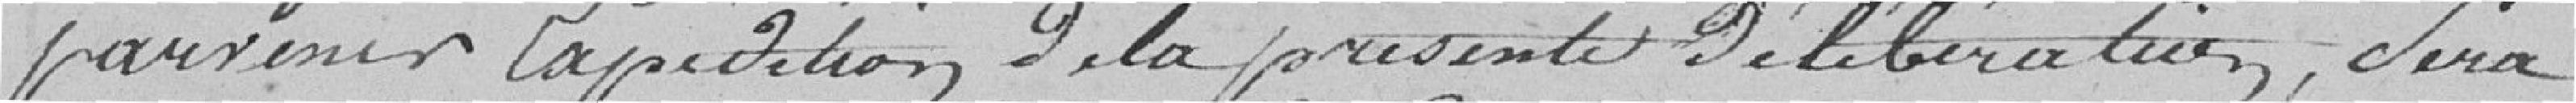
parvenir lapidation de la présente délibération, sera